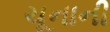
ચૂનાની